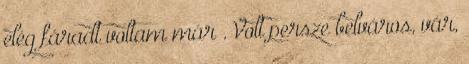
elég fáradt voltam már . Volt persze belváros, vár,